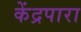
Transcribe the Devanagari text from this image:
केंद्रपारा